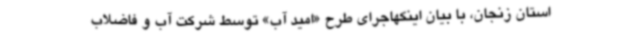
استان زنجان، با بیان اینکهاجرای طرح «امید آب» توسط شرکت آب و فاضلاب